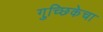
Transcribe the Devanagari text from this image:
गुच्छिकेचा